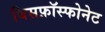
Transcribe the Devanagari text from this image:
बिसफ़ॉस्फोनेट